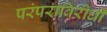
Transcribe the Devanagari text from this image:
परंपराविरोधी